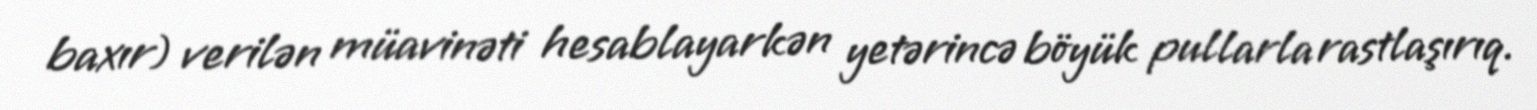
baxır) verilən müavinəti hesablayarkən yetərincə böyük pullarla rastlaşırıq.